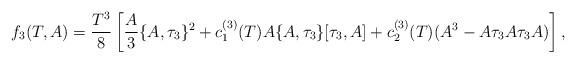
LaTeX: \begin{align*} f_3(T,A)=\frac{T^3}{8}\left[\frac{A}{3}\{A,\tau_3\}^2 +c^{(3)}_1(T)A\{A,\tau_3\}[\tau_3,A] +c^{(3)}_2(T)(A^3-A\tau_3A\tau_3A)\right],\end{align*}